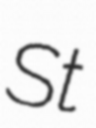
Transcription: St